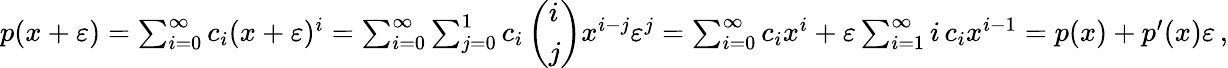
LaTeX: \begin{array}{r}{p(x+\varepsilon)=\sum_{i=0}^{\infty}c_{i}(x+\varepsilon)^{i}=\sum_{i=0}^{\infty}\sum_{j=0}^{1}c_{i}\left(\begin{array}{l}{i}\\ {j}\end{array}\right)x^{i-j}\varepsilon^{j}=\sum_{i=0}^{\infty}c_{i}x^{i}+\varepsilon\sum_{i=1}^{\infty}i\, c_{i}x^{i-1}=p(x)+p^{\prime}(x)\varepsilon\, ,}\end{array}